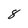
Character: 8